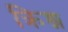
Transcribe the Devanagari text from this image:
क्रिश्न